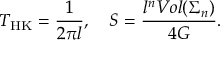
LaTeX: T _ { \mathrm { H K } } = \frac { 1 } { 2 \pi l } , \ \ \ S = \frac { l ^ { n } V o l ( \Sigma _ { n } ) } { 4 G } .